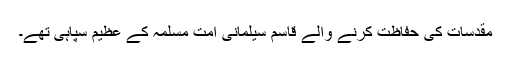
مقدسات کی حفاظت کرنے والے قاسم سیلمانی امت مسلمہ کے عظیم سپاہی تھے۔